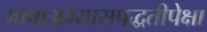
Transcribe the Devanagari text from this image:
भाषाअभ्यासपद्धतीपेक्षा